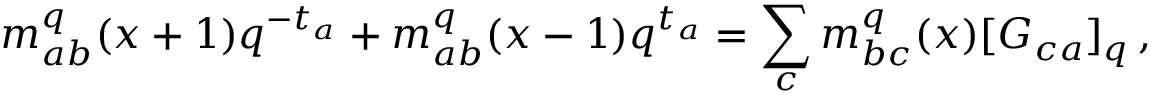
m _ { a b } ^ { q } ( x + 1 ) q ^ { - t _ { a } } + m _ { a b } ^ { q } ( x - 1 ) q ^ { t _ { a } } = \sum _ { c } m _ { b c } ^ { q } ( x ) [ G _ { c a } ] _ { q } \, ,